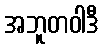
အဘူတဝါဒီ